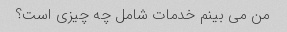
من می بینم خدمات شامل چه چیزی است؟